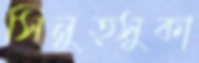
সিনুত্সুকা